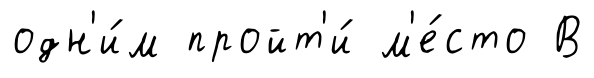
одн'и́м пройт'и́ м'е́сто В